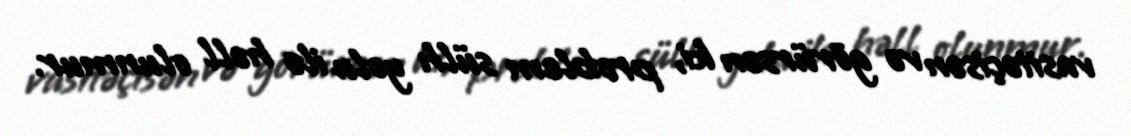
vasitəçisən və görürsən ki, problem sülh yolu ilə həll olunmur.